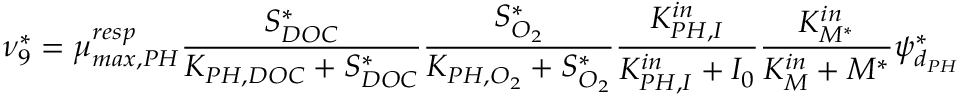
\nu _ { 9 } ^ { * } = \mu _ { m a x , P H } ^ { r e s p } \frac { S _ { D O C } ^ { * } } { K _ { P H , D O C } + S _ { D O C } ^ { * } } \frac { S _ { O _ { 2 } } ^ { * } } { K _ { P H , O _ { 2 } } + S _ { O _ { 2 } } ^ { * } } \frac { K _ { P H , I } ^ { i n } } { K _ { P H , I } ^ { i n } + I _ { 0 } } \frac { K _ { M ^ { * } } ^ { i n } } { K _ { M } ^ { i n } + M ^ { * } } \psi _ { d _ { P H } } ^ { * }